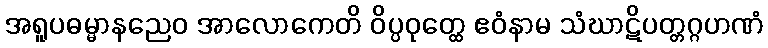
အရူပဓမ္မာနညေဝ အာလောကေတိ ဝိပ္ပဝုတ္ထေ ဧဝံနာမ သံဃာဋိပတ္တဂ္ဂဟဏံ